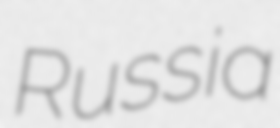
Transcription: Russia